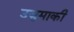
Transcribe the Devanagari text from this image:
उजुमाकी